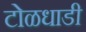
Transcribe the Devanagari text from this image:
टोळधाडी